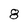
Character: 8